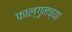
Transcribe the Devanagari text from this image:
फाल्गुनच्या